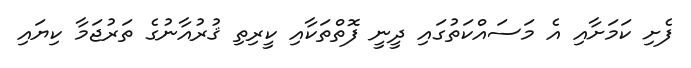
ފެށި ކަމަށާއި އެ މަސައްކަތުގައި ދީނީ ފޮތްތަކާއި ކީރިތި ޤުރުއާނުގެ ތަރުޖަމާ ކިޔައި